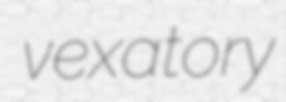
vexatory